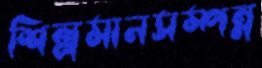
শিল্পমানসম্পন্ন